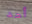
أحد